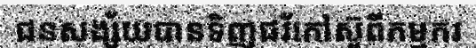
ជនសង្ស័យបានទិញជរ័កៅស៊ូពីកម្មករ